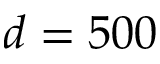
d = 5 0 0